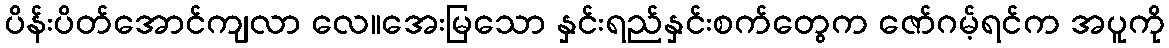
ပိန်းပိတ်အောင်ကျလာ လေ။အေးမြသော နှင်းရည်နှင်းစက်တွေက ဇော်ဂမ့်ရင်က အပူကို